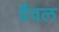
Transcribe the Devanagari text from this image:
ग्रैवल